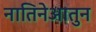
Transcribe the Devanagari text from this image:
नातिनेआतुन